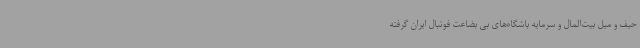
حیف و میل بیت‌المال و سرمایه باشگاه‌های بی بضاعت فوتبال ایران گرفته